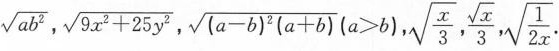
\sqrt{ab^{2}}，$$\sqrt { 9 x ^ { 2 } + 2 5 y ^ { 2 } }$$，$$\sqrt { ( a - b ) ^ { 2 } ( a + b ) } ( a > b )$$,$$ \sqrt { \frac { x }{ 3 } } , \frac { \sqrt { x } } { 3 } , \sqrt { \frac { 1 } { 2 x } }$$.